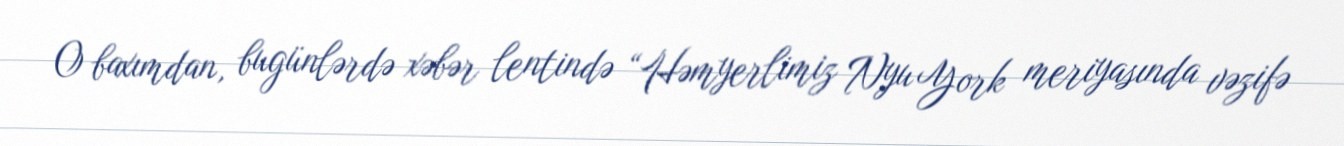
O baxımdan, bugünlərdə xəbər lentində “Həmyerlimiz Nyu York meriyasında vəzifə